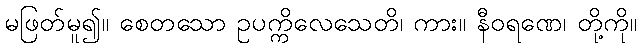
မဖြတ်မူ၍။ စေတသော ဥပက္ကိလေသေတိ၊ ကား။ နီဝရဏေ၊ တို့ကို။